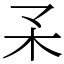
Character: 𣎼